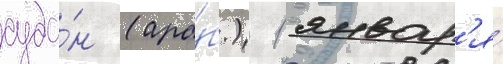
суда́н (ара́б.) 1 январ'я́